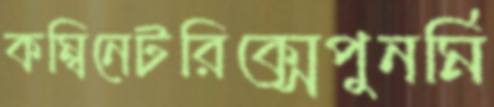
কম্বিনেটরিক্সেপুনর্মি